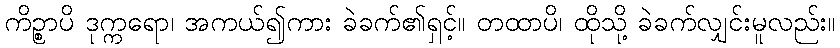
ကိဉ္စာပိ ဒုက္ကရော၊ အကယ်၍ကား ခဲခက်၏ရှင့်။ တထာပိ၊ ထိုသို့ ခဲခက်လျှင်းမူလည်း။